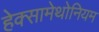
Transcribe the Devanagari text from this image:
हेक्सामेथोनियम